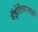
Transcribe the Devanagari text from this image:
गॅझेटियरसाठी